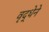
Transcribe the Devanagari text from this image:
वृद्धेने